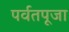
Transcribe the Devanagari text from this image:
पर्वतपूजा